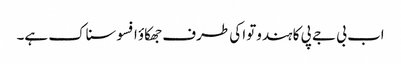
اب بی جے پی کا ہندوتوا کی طرف جھکاؤ افسوسناک ہے۔